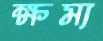
ক্ষম্য